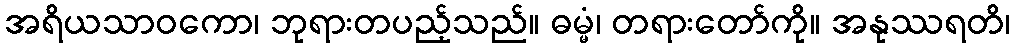
အရိယသာဝကော၊ ဘုရားတပည့်သည်။ ဓမ္မံ၊ တရားတော်ကို။ အနုဿရတိ၊